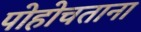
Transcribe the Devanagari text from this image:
पोहोचताना